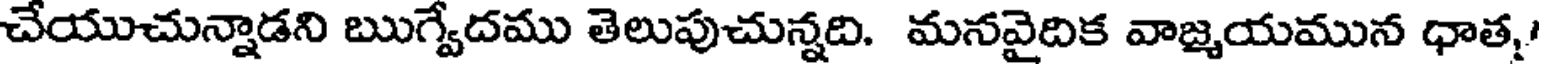
చేయుచున్నాడని ఋగ్వేదము తెలుపుచున్నది. మనవైదిక వాజ్మయమున ధాత్మ